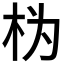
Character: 𱣄